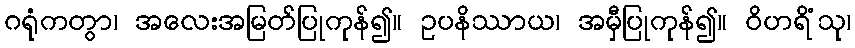
ဂရုံကတွာ၊ အလေးအမြတ်ပြုကုန်၍။ ဥပနိဿာယ၊ အမှီပြုကုန်၍။ ဝိဟရိံသု၊